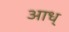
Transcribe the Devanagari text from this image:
आध्